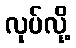
လုပ်လို့